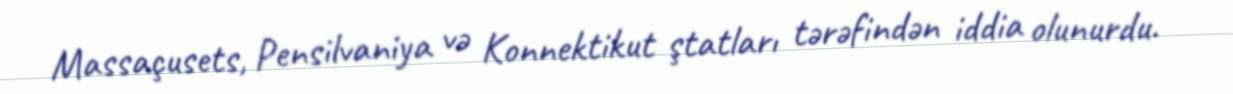
Massaçusets, Pensilvaniya və Konnektikut ştatları tərəfindən iddia olunurdu.